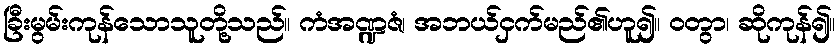
ခြီးမွမ်းကုန်သောသူတို့သည်။ ကံအဏ္ဍဇံ၊ အဘယ်ငှက်မည်၏ဟူ၍။ ဝတွာ၊ ဆိုကုန်၍။